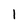
Character: 1